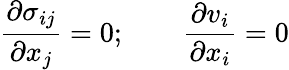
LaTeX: \frac{\partial\sigma_{ij}}{\partial x_{j}}=0;\qquad\frac{\partial v_{i}}{\partial x_{i}}=0